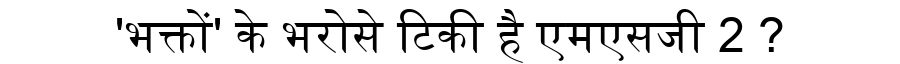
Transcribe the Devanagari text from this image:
'भक्तों' के भरोसे टिकी है एमएसजी 2 ?